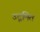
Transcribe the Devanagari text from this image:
उद्गमित